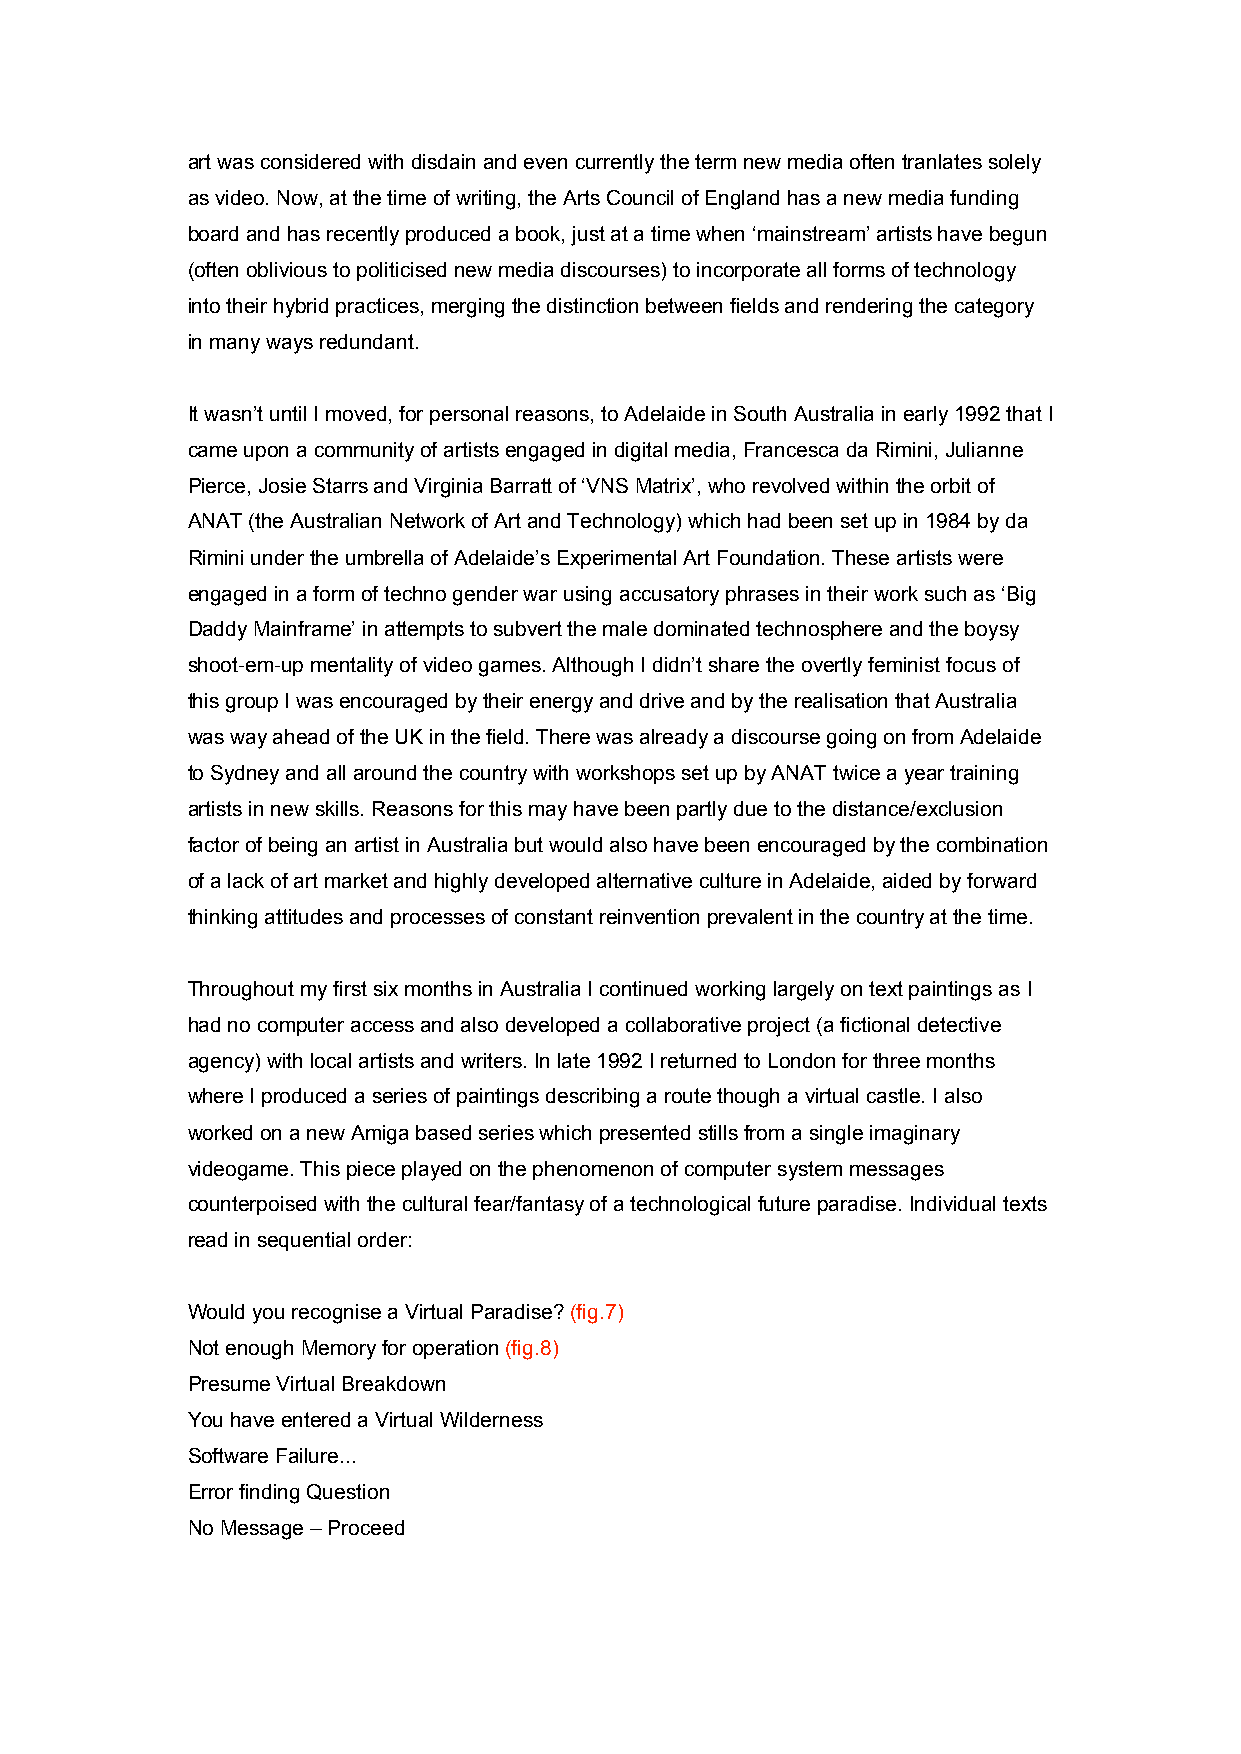
art was considered with disdain and even currently the term new media often tranlates solely
 as video. Now, at the time of writing, the Arts Council of England has a new media funding
 board and has recently produced a book, just at a time when ‘mainstream’ artists have begun
 (often oblivious to politicised new media discourses) to incorporate all forms of technology
 into their hybrid practices, merging the distinction between fields and rendering the category
 in many ways redundant.
 It wasn’t until I moved, for personal reasons, to Adelaide in South Australia in early 1992 that I
 came upon a community of artists engaged in digital media, Francesca da Rimini, Julianne
 Pierce, Josie Starrs and Virginia Barratt of ‘VNS Matrix’, who revolved within the orbit of
 ANAT (the Australian Network of Art and Technology) which had been set up in 1984 by da
 Rimini under the umbrella of Adelaide’s Experimental Art Foundation. These artists were
 engaged in a form of techno gender war using accusatory phrases in their work such as ‘Big
 Daddy Mainframe’ in attempts to subvert the male dominated technosphere and the boysy
 shoot-em-up mentality of video games. Although I didn’t share the overtly feminist focus of
 this group I was encouraged by their energy and drive and by the realisation that Australia
 was way ahead of the UK in the field. There was already a discourse going on from Adelaide
 to Sydney and all around the country with workshops set up by ANAT twice a year training
 artists in new skills. Reasons for this may have been partly due to the distance/exclusion
 factor of being an artist in Australia but would also have been encouraged by the combination
 of a lack of art market and highly developed alternative culture in Adelaide, aided by forward
 thinking attitudes and processes of constant reinvention prevalent in the country at the time.
 Throughout my first six months in Australia I continued working largely on text paintings as I
 had no computer access and also developed a collaborative project (a fictional detective
 agency) with local artists and writers. In late 1992 I returned to London for three months
 where I produced a series of paintings describing a route though a virtual castle. I also
 worked on a new Amiga based series which presented stills from a single imaginary
 videogame. This piece played on the phenomenon of computer system messages
 counterpoised with the cultural fear/fantasy of a technological future paradise. Individual texts
 read in sequential order:
 Would you recognise a Virtual Paradise? (fig.7)
 Not enough Memory for operation (fig.8)
 Presume Virtual Breakdown
 You have entered a Virtual Wilderness
 Software Failure...
 Error finding Question
 No Message – Proceed